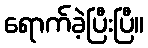
ရောက်ခဲ့ပြီးပြီ။